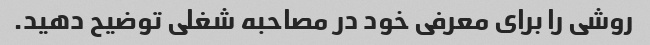
روشی را برای معرفی خود در مصاحبه شغلی توضیح دهید.